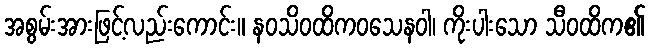
အစွမ်းအားဖြင့်လည်းကောင်း။ နဝသိဝထိကဝသေနဝါ၊ ကိုးပါးသော သီဝထိက၏